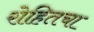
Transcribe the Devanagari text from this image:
रोहितचा